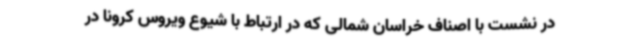
در نشست با اصناف خراسان شمالی که در ارتباط با شیوع ویروس کرونا در